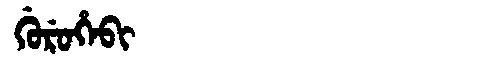
Manchu: ᡤᡠᡵᡠᡥᡝᠪᡳ
Romanization: GURUHEBI